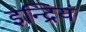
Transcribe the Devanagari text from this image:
इन्द्रियं